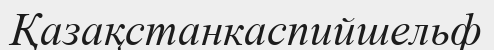
Қазақстанкаспийшельф